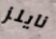
نايلز